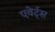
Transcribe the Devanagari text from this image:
एवेर्ट्स